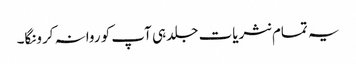
یہ تمام نثریات جلد ہی آپ کو روانہ کرونگا۔